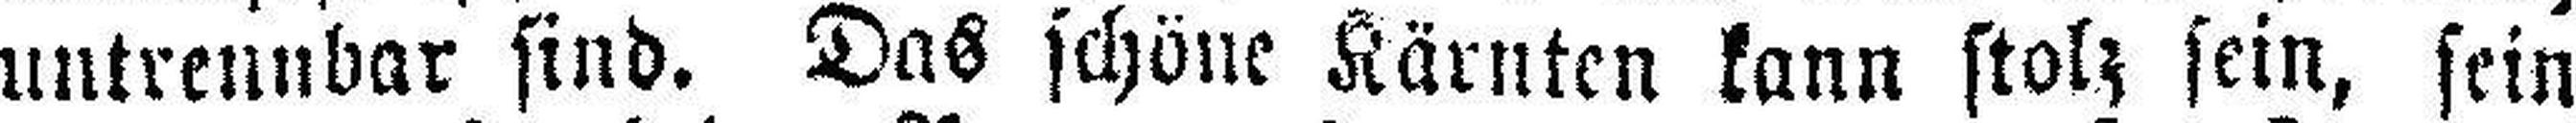
untrennbar sind. Das schöne Kärnten kann stolz sein, sein